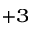
^ { + 3 }